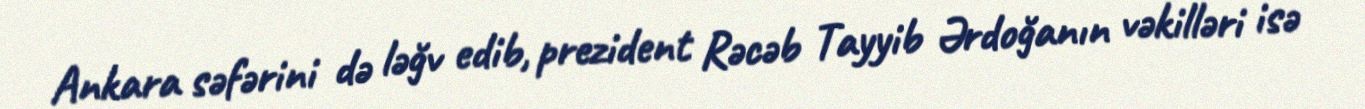
Ankara səfərini də ləğv edib, prezident Rəcəb Tayyib Ərdoğanın vəkilləri isə